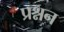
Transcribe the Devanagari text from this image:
प्रश्नन